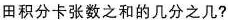
田积分卡张数之和的几分之几?